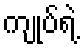
ကျုပ်ရဲ့